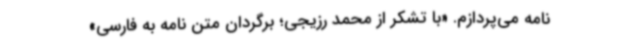
نامه می‌پردازم. «با تشکر از محمد رزیجی؛ برگردان متن نامه به فارسی»